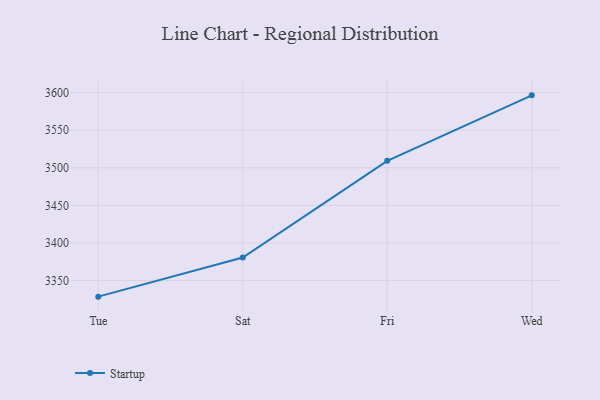
{"axis": {"x": "Day", "y": "Customer Acquisition Cost (USD)"}, "legend": ["Startup"], "data": [{"x": "Tue", "y": 3328.5, "type": "Startup"}, {"x": "Sat", "y": 3380.5, "type": "Startup"}, {"x": "Fri", "y": 3509.3, "type": "Startup"}, {"x": "Wed", "y": 3596.4, "type": "Startup"}]}